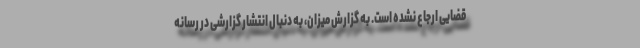
قضایی ارجاع نشده است. به گزارش میزان، به دنبال انتشار گزارشی در رسانه